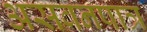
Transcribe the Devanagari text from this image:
असवनपात्र